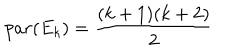
LaTeX: p a r ( E _ { k } ) = { \frac { ( k + 1 ) ( k + 2 ) } { 2 } }